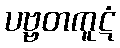
ပဗ္ဗတကူဋံ